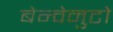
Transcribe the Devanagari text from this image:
बेन्वेनुटो